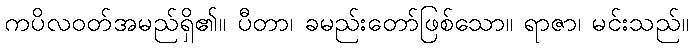
ကပိလဝတ်အမည်ရှိ၏။ ပီတာ၊ ခမည်းတော်ဖြစ်သော။ ရာဇာ၊ မင်းသည်။